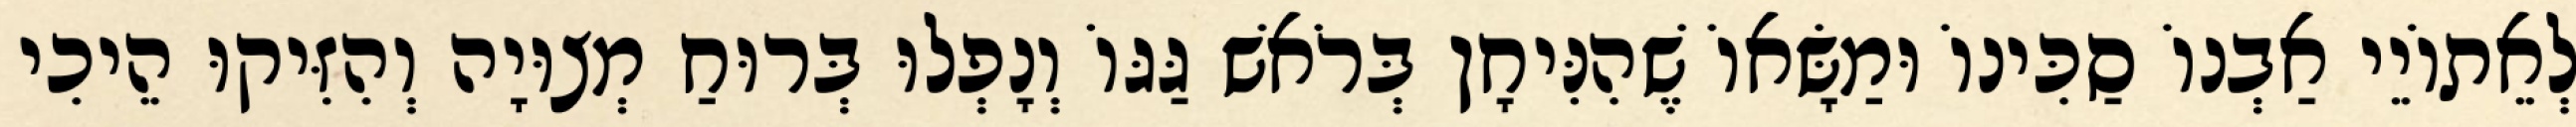
לְאֵתוֹיֵי אַבְנוֹ סַכִּינוֹ וּמַשָּׂאוֹ שֶׁהִנִּיחָן בְּרֹאשׁ גַּגּוֹ וְנָפְלוּ בְּרוּחַ מְצוּיָה וְהִזִּיקוּ הֵיכִי